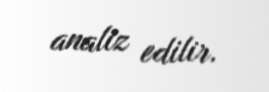
analiz edilir.